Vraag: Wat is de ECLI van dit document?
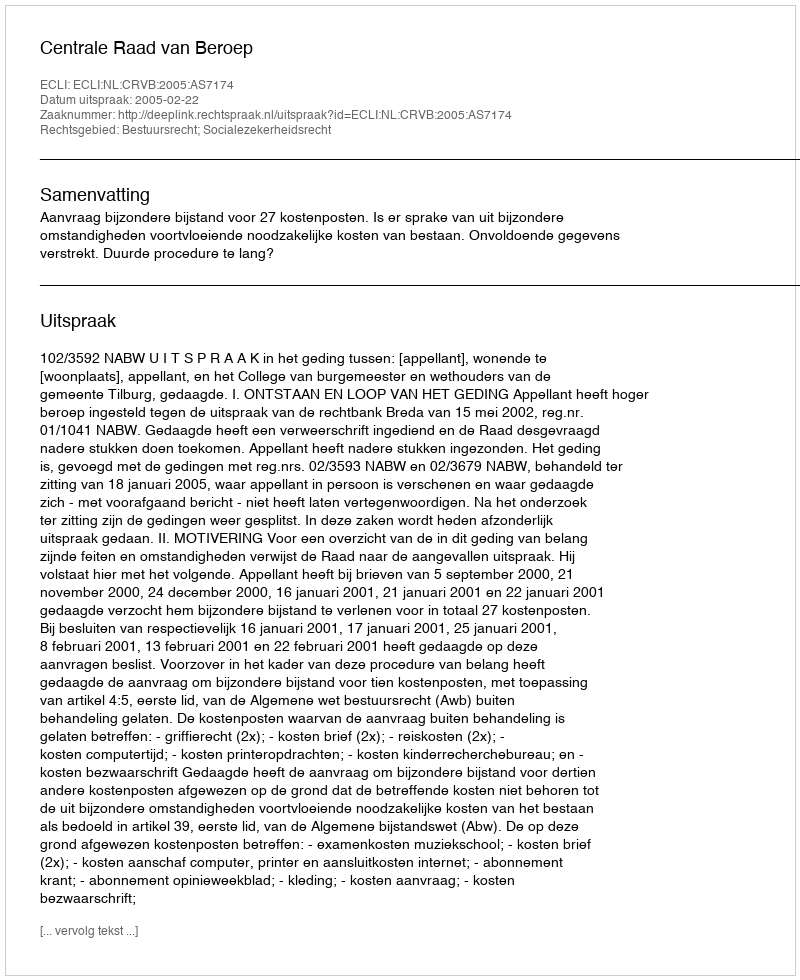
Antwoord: ECLI:NL:CRVB:2005:AS7174